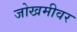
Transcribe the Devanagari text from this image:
जोखमीवर